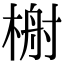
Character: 𬃢